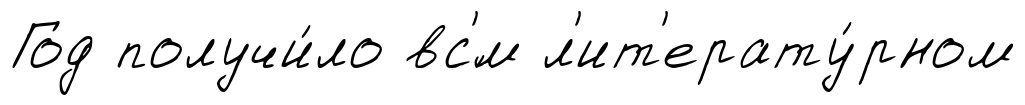
Год получи́ло вс'́м л'ит'ерату́рном